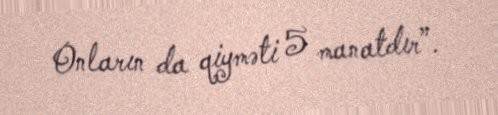
Onların da qiyməti 5 manatdır”.